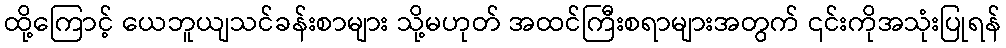
ထို့ကြောင့် ယေဘူယျသင်ခန်းစာများ သို့မဟုတ် အထင်ကြီးစရာများအတွက် ၎င်းကိုအသုံးပြုရန်